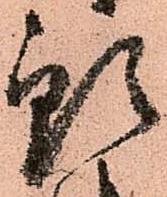
預